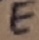
Text: E